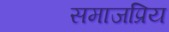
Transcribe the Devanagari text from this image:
समाजप्रिय